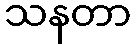
သနတာ